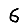
Digit: 6